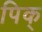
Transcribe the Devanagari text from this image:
पिक्